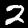
Digit: 2